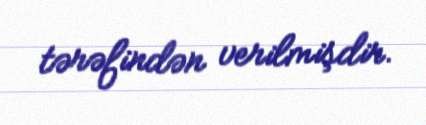
tərəfindən verilmişdir.